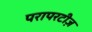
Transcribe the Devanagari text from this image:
परापरटीज़